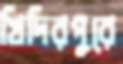
খিদিরপুরে